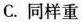
C.同样重